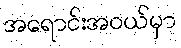
အရောင်းအဝယ်မှာ